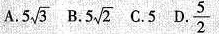
A.$$5 \sqrt{ 3 }$$ B.$$\frac{ 5 }{ 2 }$$ C.5 D.$$5 \sqrt{ 2 }$$